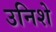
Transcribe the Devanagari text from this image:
उनिशे